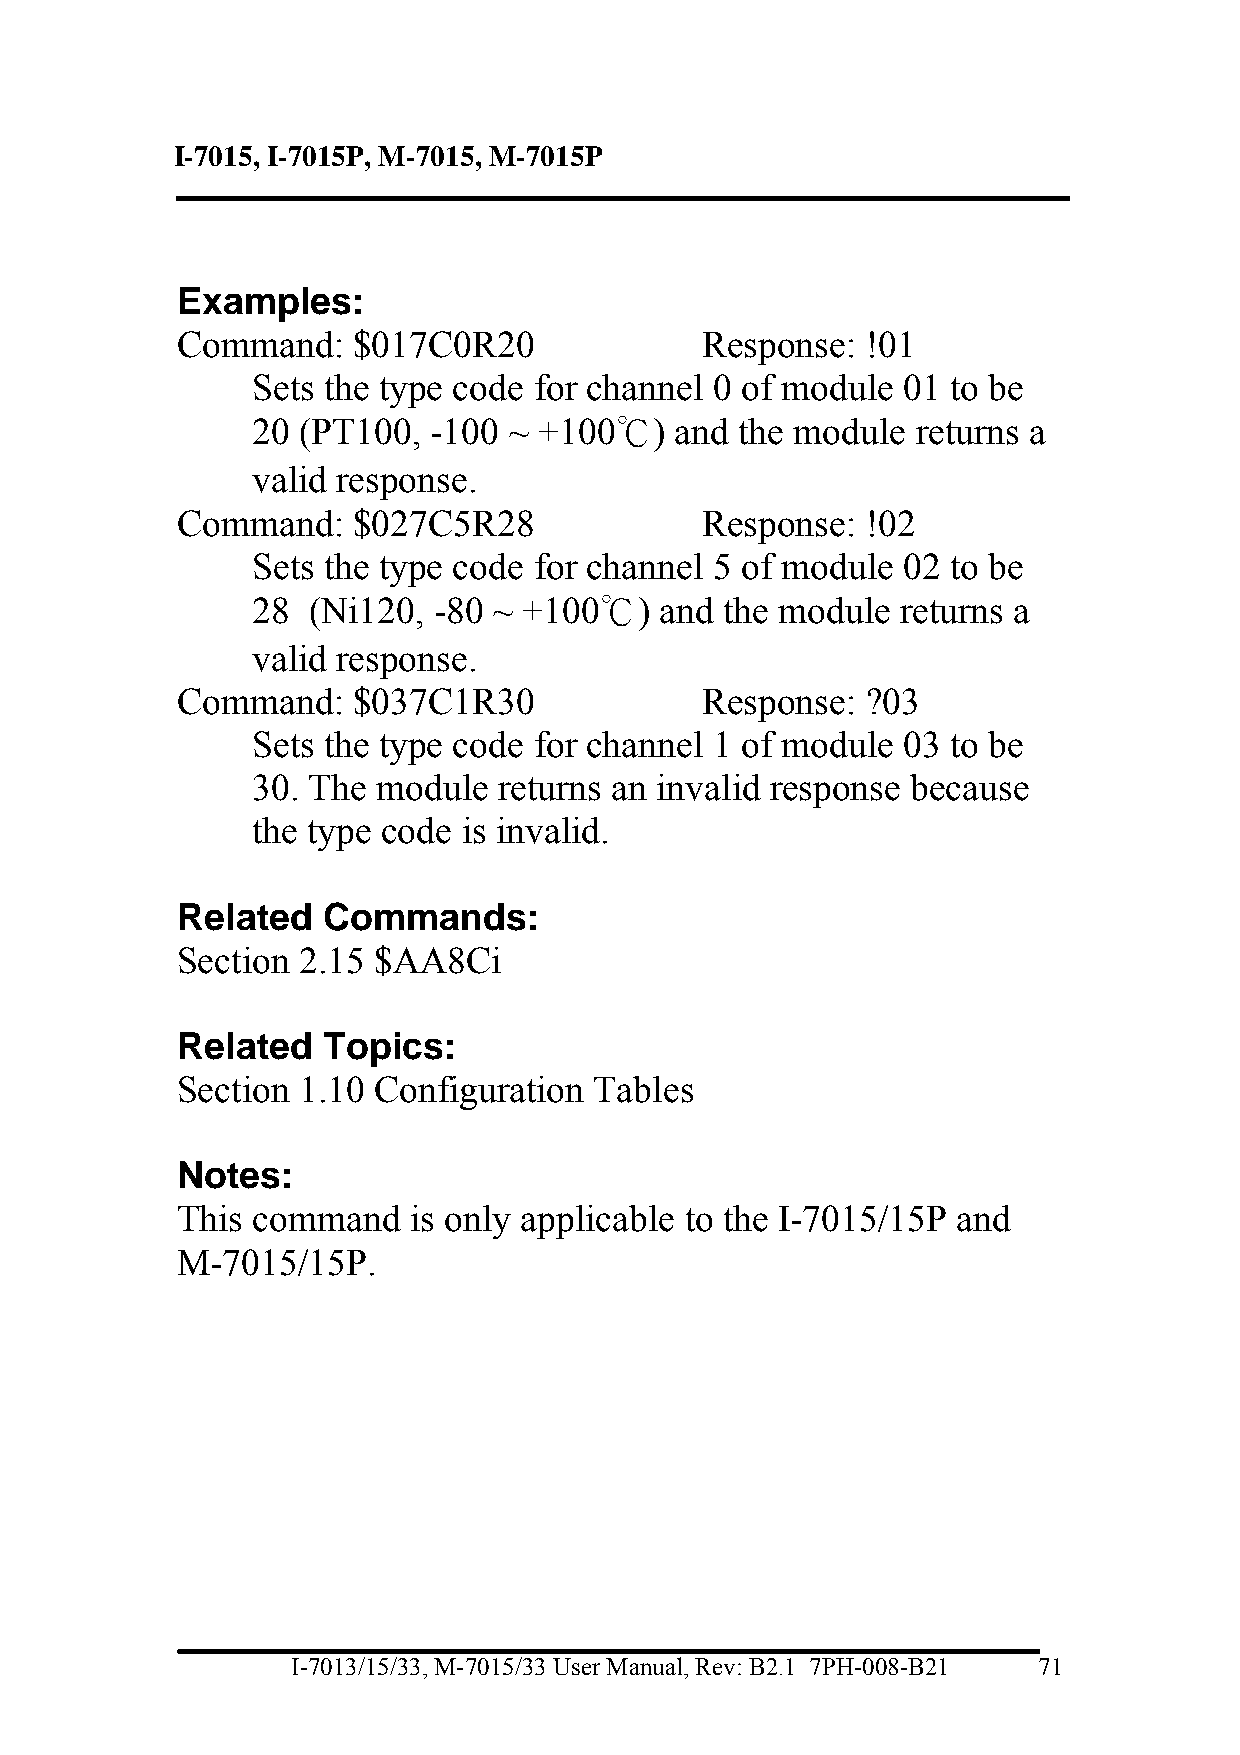
I-7015, I-7015P, M-7015, M-7015P
 Examples:
 Command:   $017C0R20              Response:  !01
 Sets the type code for channel 0 of module 01 to be
 20 (PT100, -100  ~ +100℃)   and the module  returns a
 valid response.
 Command:   $027C5R28              Response:  !02
 Sets the type code for channel 5 of module 02 to be
 28 (Ni120,  -80 ~ +100℃)   and the module  returns a
 valid response.
 Command:   $037C1R30              Response:  ?03
 Sets the type code for channel 1 of module 03 to be
 30. The module  returns an invalid response because
 the type code is invalid.
 Related  Commands:
 Section 2.15 $AA8Ci
 Related  Topics:
 Section 1.10 Configuration Tables
 Notes:
 This command   is only applicable to the I-7015/15P and
 M-7015/15P.
 I-7013/15/33, M-7015/33 User Manual, Rev: B2.1 7PH-008-B21 71